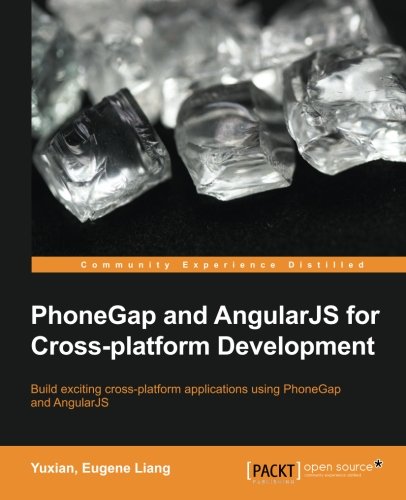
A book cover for PhoneGap and AngularJS for Cross-Platform Development; Yuxian, Eugene Liang; Computers & Technology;